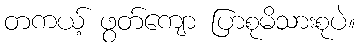
တကယ့် ဖွတ်ကျော ပြာစုမိသားစုပဲ။